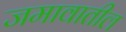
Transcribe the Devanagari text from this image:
जमावातील